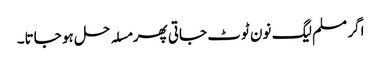
اگر مسلم لیگ نون ٹوٹ جاتی پھر مسلہ حل ہو جاتا۔